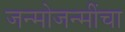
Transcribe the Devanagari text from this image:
जन्मोजन्मींचा